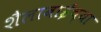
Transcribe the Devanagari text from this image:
शैलाबाईंच्या